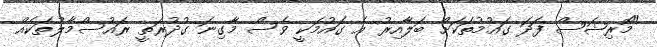
"މޮރިޝަސް ފަދަ ގައުމުތަކަށް ބަލާއިރު އެ ގައުމަކީ ވެސް މާގިނަ ގުދުރަތީ ރައުސްމާލުތަކެއް